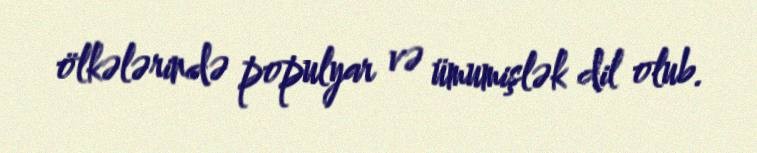
ölkələrində populyar və ümumişlək dil olub.